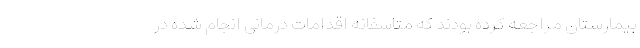
بیمارستان مراجعه کرده بودند که متاسفانه اقدامات درمانی انجام شده در